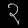
Digit: ၃